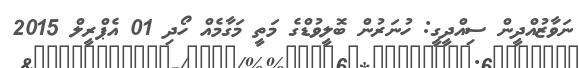
ނަވާޒުއްދީން ސިއްދީގީ: ހުނަރުން ބޮލީވުޑްގެ މަތީ މަގާމެއް ހޯދި 01 އެޕްރީލް 2015